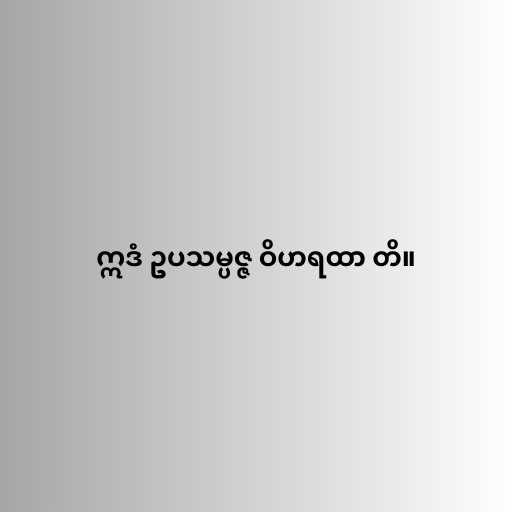
ဣဒံ ဥပသမ္ပဇ္ဇ ဝိဟရထာ တိ။